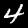
Label: 4